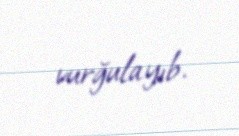
vurğulayıb.